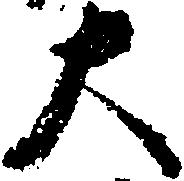
大